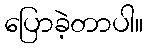
ပြောခဲ့တာပါ။